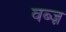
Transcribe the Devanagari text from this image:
वब्ज़